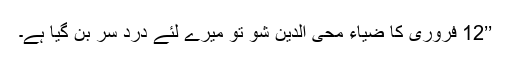
’’12 فروری کا ضیاء محی الدین شو تو میرے لئے درد سر بن گیا ہے۔